Annual administration and progress report of the Indian Medical Department, Bombay
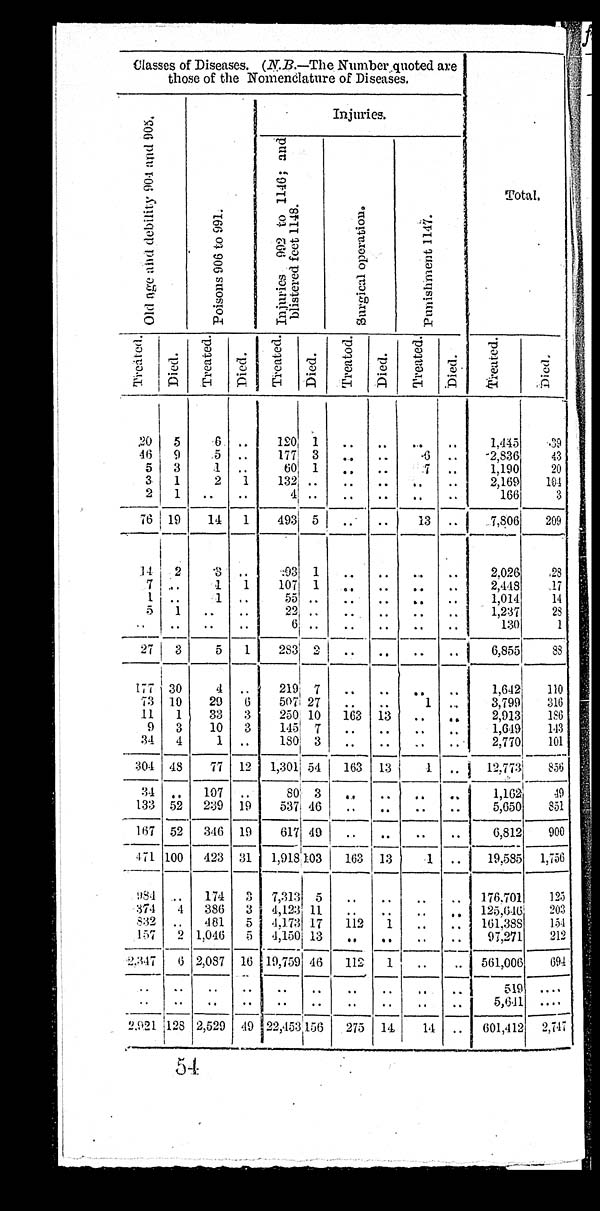
Classes of Diseases. ( N.B.—The Number quoted are
those of the Nomenclature of Diseases.
O l d a g e a n d d e b i l i t y 9 0 4 a n d 9 0 5 . P o i s o n s 9 0 6 t o 9 9 1 .
Injuries.
I n j u r i e s 9 9 2 t o 1 1 4 6 ; a n d
b l i s t e r e d f e e t 1 1 4 8 .
S u r g i c a l o p e r a t i o n . P u n i s h m e n t 1 1 4 7 .
Total.
T r e a t e d . D i e d . T r e a t e d . D i e d . T r e a t e d . Di ed. T r e a t e d . Died.
T r e a t e d . D i e d .
T r e a t e d .
D i e d .
20 5 6 .. 120 1 .. .. . .
..
1,445 39
46 9 5 .. 1771 3 .. .. 6 .. 2,836 43
5 3 1 .. 60 1 .. ..
7 .. 1,190 20
3 1 2 1
1 3 2
.. .. ..
. .
.. 2,169 104
2 1 .. ..
4 .. .. .. .. ..
166 3
76 19 14 1 493 5 .. .. 13 .. 7,806 209
14 2 3 .. 93 1 .. .. ..
.. 2,026 28
7 .. 1 1 107 1 .. .. . . .. 2,448 17
1 .. 1 . .
5 5
.. .. .. . . .. 1,014 14
5 1 .. ..
2 2
.. .. .. . . .. 1,237 28
.. .. .. ..
6 .. .. .. . . .. 130 1
27 3 5 1 283 2 .. .. .. .. 6,855 88
177 30 4 ..
2 1 9 7 .. ..
..
.. 1,642 110
73 10 29 6
5 0 7 27 .. .. 1 .. 3,799 316
11 1 33 3 250 10 163 13
. . . . 2,913 186
9 3 10 3 145 7 .. .. .. .. 1,649 143
3 4
4 1 .. 180 3 .. .. .. .. 2,770 101
304 48 77 12 1,301 54 163 13
4 .. 12,773 856
34 . . 107 .. 80 3 . . .. .. .. 1,162 49
133 52 239 19 537 46 .. .. .. .. 5,650 851
167 52 346 19 617 49 .. .. .. .. 6,812 900
471 100 423 31 1,918103 163 13 1 .. 19,585 1,756
984 . . 174 3 7,313 5 .. .. .. .. 176,701 125
374 4 386 3 4,123 11 .. .. .. .. 125,646 203
832 .. 481 5
4 , 1 7 3 17 112 1 .. .. 161,388 154
157 2 1,046 5 4,150 13 .. .. . . .. 97,271 212
2,347 6 2,087 16 19,759 46 112 1 .. . . 561,006
6 9 4
.. .. . . .. .. .. .. .. .. .. 519 ....
.. . . .. .. . . .. . . .. . . .. 5,641 ....
2,921 128 2,529 49 22,453 156 275 14 14 .. 601,412 2, 747
54